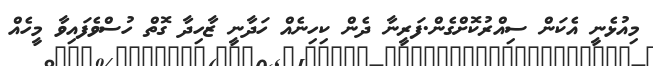
މިއުޅެނީ އެކަން ސިއްރުކޮށްގެން.ފަރީނާ ދެން ކިހިނެއް ހަދާނީ ޒާހިދާ ގޮތް ހުސްވެފައިވާ މީހެއް